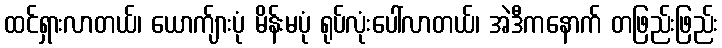
ထင်ရှားလာတယ်၊ ယောက်ျားပုံ မိန်းမပုံ ရုပ်လုံးပေါ်လာတယ်၊ အဲဒီကနောက် တဖြည်းဖြည်း